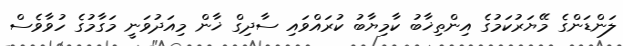
ލަންޑަންގެ މޭޔަރުކަމުގެ އިންތިޚާބު ކާމިޔާބު ކުރައްވައި ސާދިގް ޚާން މިއަދުވަނީ މަގާމުގެ ހުވާވެސް